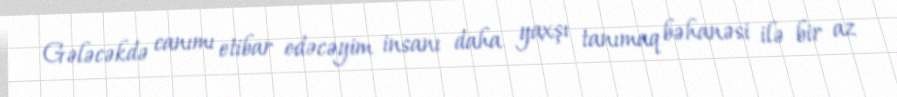
Gələcəkdə canımı etibar edəcəyim insanı daha yaxşı tanımaq bəhanəsi ilə bir az